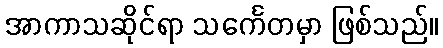
အာကာသဆိုင်ရာ သင်္ကေတမှာ ဖြစ်သည်။